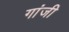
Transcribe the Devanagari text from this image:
गांजी